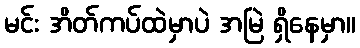
မင်း အိတ်ကပ်ထဲမှာပဲ အမြဲ ရှိနေမှာ။